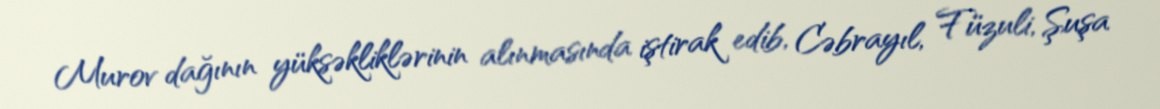
Murov dağının yüksəkliklərinin alınmasında iştirak edib, Cəbrayıl, Füzuli, Şuşa